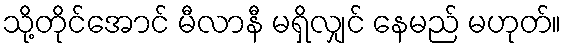
သို့တိုင်အောင် မီလာနီ မရှိလျှင် နေမည် မဟုတ်။